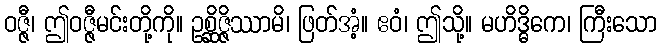
ဝဇ္ဇီ၊ ဤဝဇ္ဇီမင်းတို့ကို။ ဥစ္ဆိဇ္ဇိဿာမိ၊ ဖြတ်အံ့။ ဧဝံ၊ ဤသို့။ မဟိဒ္ဓိကေ၊ ကြီးသော